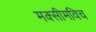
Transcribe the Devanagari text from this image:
मक्सीमविच